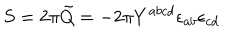
S = 2 \pi \tilde { Q } = - 2 \pi Y ^ { a b c d } \epsilon _ { a b } { \epsilon } _ { c d }